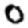
Digit: 0